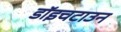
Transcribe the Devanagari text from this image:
डॉइचटाउन